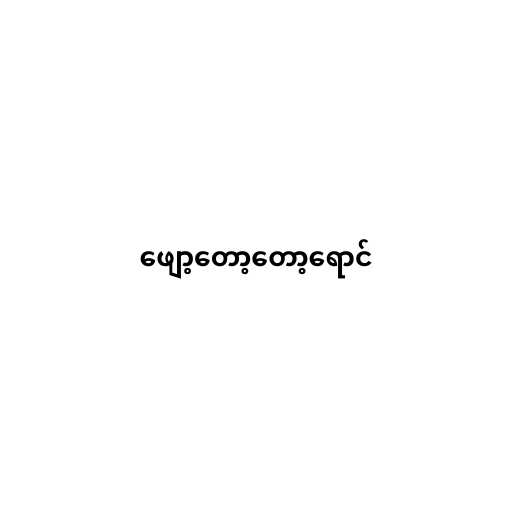
ဖျော့တော့တော့ရောင်